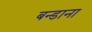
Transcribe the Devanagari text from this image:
बन्डाना